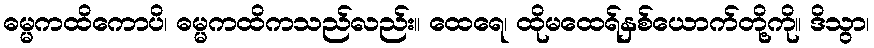
ဓမ္မကထိကောပိ၊ ဓမ္မကထိကသည်လည်း။ ထေရေ၊ ထိုမထေရ်နှစ်ယောက်တို့ကို။ ဒိသွာ၊